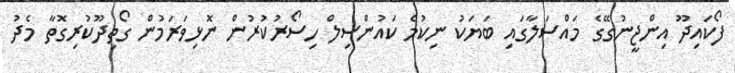
ފޯކައިދޫ އިންޖީނުގޭގެ މައްސަލާގައި ބަޔަކު ނިކުމެ ކައުންސިލް ހިސޯރުކުުރުން ނޮޅިވަރަމުން ގޯތިދޫކުރިގޮތާ މެދު